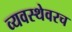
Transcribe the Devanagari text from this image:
व्यवस्थेवरच